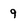
Character: 9